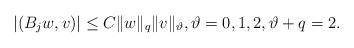
LaTeX: \begin{align*} \left| (B_jw,v) \right| \leq C \|w\|_q \|v\|_{\vartheta}, \vartheta=0,1,2, \vartheta+q=2. \end{align*}